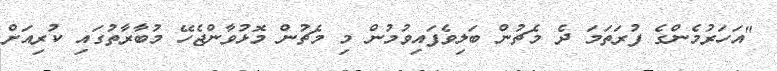
"އަހަރުމެންގެ ފުރަތަމަ ދެ މެޗުން ބަލިވެފައިވުމުން މި މެޗުން މޮޅުވާންޖެހޭ މުބާރާތުގައި ކުރިއަށް